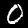
Digit: 0